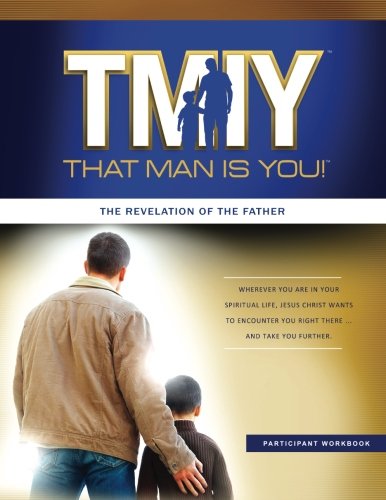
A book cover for That Man is You! Year 3 Participant Book: The Revelation of the Father (That Man is You! Men's Program) (Volume 3); Steve Bollman; Christian Books & Bibles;